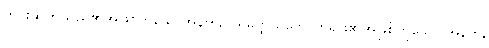
ကင်းဆိတ်သည်၏အဖြစ်ဟူသောအနက်, ပရမတ္ထသဘောတရား၏အဖြစ်ဟူသော အနက်,